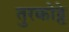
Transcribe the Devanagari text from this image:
तुरकोट्टे